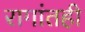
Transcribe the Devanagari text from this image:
रागांतही